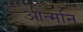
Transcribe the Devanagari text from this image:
आत्मनि